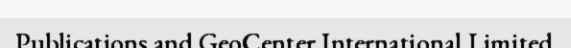
Publications and GeoCenter International Limited